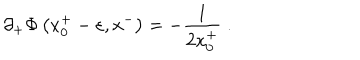
\partial _ { + } \Phi \left( x _ { 0 } ^ { + } - \varepsilon , x ^ { - } \right) = - { \frac { 1 } { 2 x _ { 0 } ^ { + } } } \; .